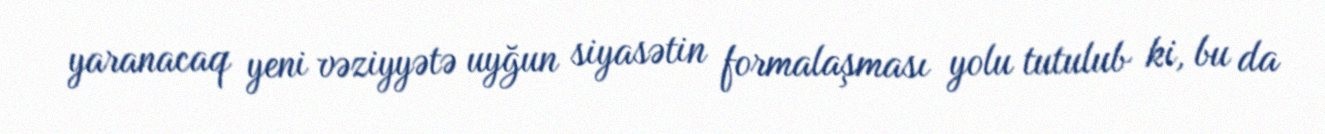
yaranacaq yeni vəziyyətə uyğun siyasətin formalaşması yolu tutulub ki, bu da